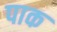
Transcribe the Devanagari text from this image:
पाक